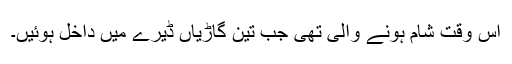
اس وقت شام ہونے والی تھی جب تین گاڑیاں ڈیرے میں داخل ہوئیں۔